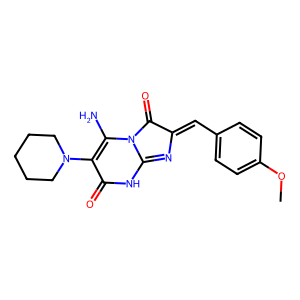
SMILES: COc1ccc(C=C2N=C3NC(=O)C(N4CCCCC4)=C(N)N3C2=O)cc1
Inhibits HIV replication: No